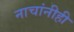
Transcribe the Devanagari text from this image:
नाचांनीही